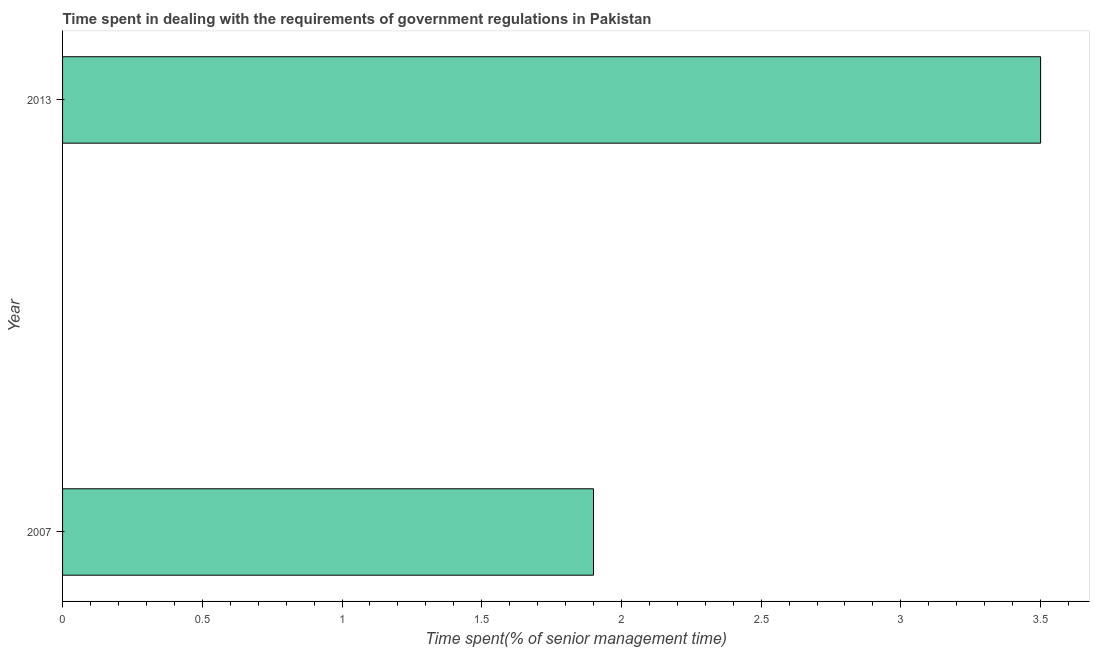
| Year | Government regulations |
 | --- | --- |
 | 2007 | 1.9 |
 | 2013 | 3.5 |